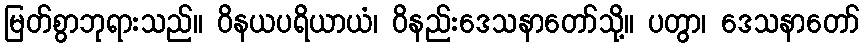
မြတ်စွာဘုရားသည်။ ဝိနယပရိယာယံ၊ ဝိနည်းဒေသနာတော်သို့။ ပတွာ၊ ဒေသနာတော်